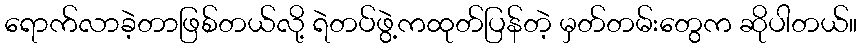
ရောက်လာခဲ့တာဖြစ်တယ်လို့ ရဲတပ်ဖွဲ့ကထုတ်ပြန်တဲ့ မှတ်တမ်းတွေက ဆိုပါတယ်။